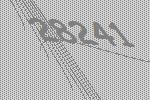
28241